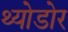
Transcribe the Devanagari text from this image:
थ्योडोर